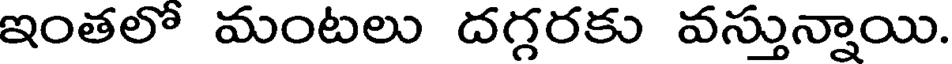
ఇంతలో మంటలు దగ్గరకు వస్తున్నాయి.